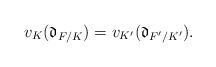
LaTeX: \begin{align*}v_{K} (\mathfrak{d}_{F/K}) =v_{K'} (\mathfrak{d}_{F'/K'}).\end{align*}